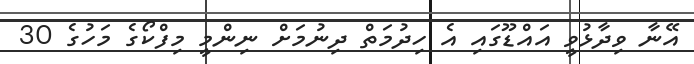
އޭނާ ވިދާޅުވީ އައްޑޫގައި އެ ހިދުމަތް ދިނުމަށް ނިންމީ މިފްކޯގެ މަހުގެ 30